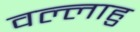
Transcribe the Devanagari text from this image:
वल्लाहु